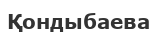
Қондыбаева